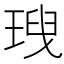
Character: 𤦥